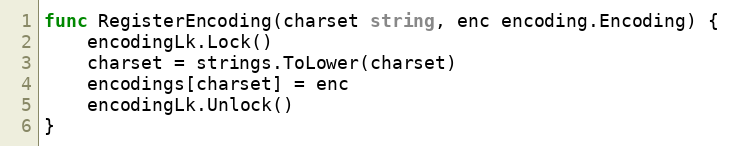
Language: Go
func RegisterEncoding(charset string, enc encoding.Encoding) {
	encodingLk.Lock()
	charset = strings.ToLower(charset)
	encodings[charset] = enc
	encodingLk.Unlock()
}